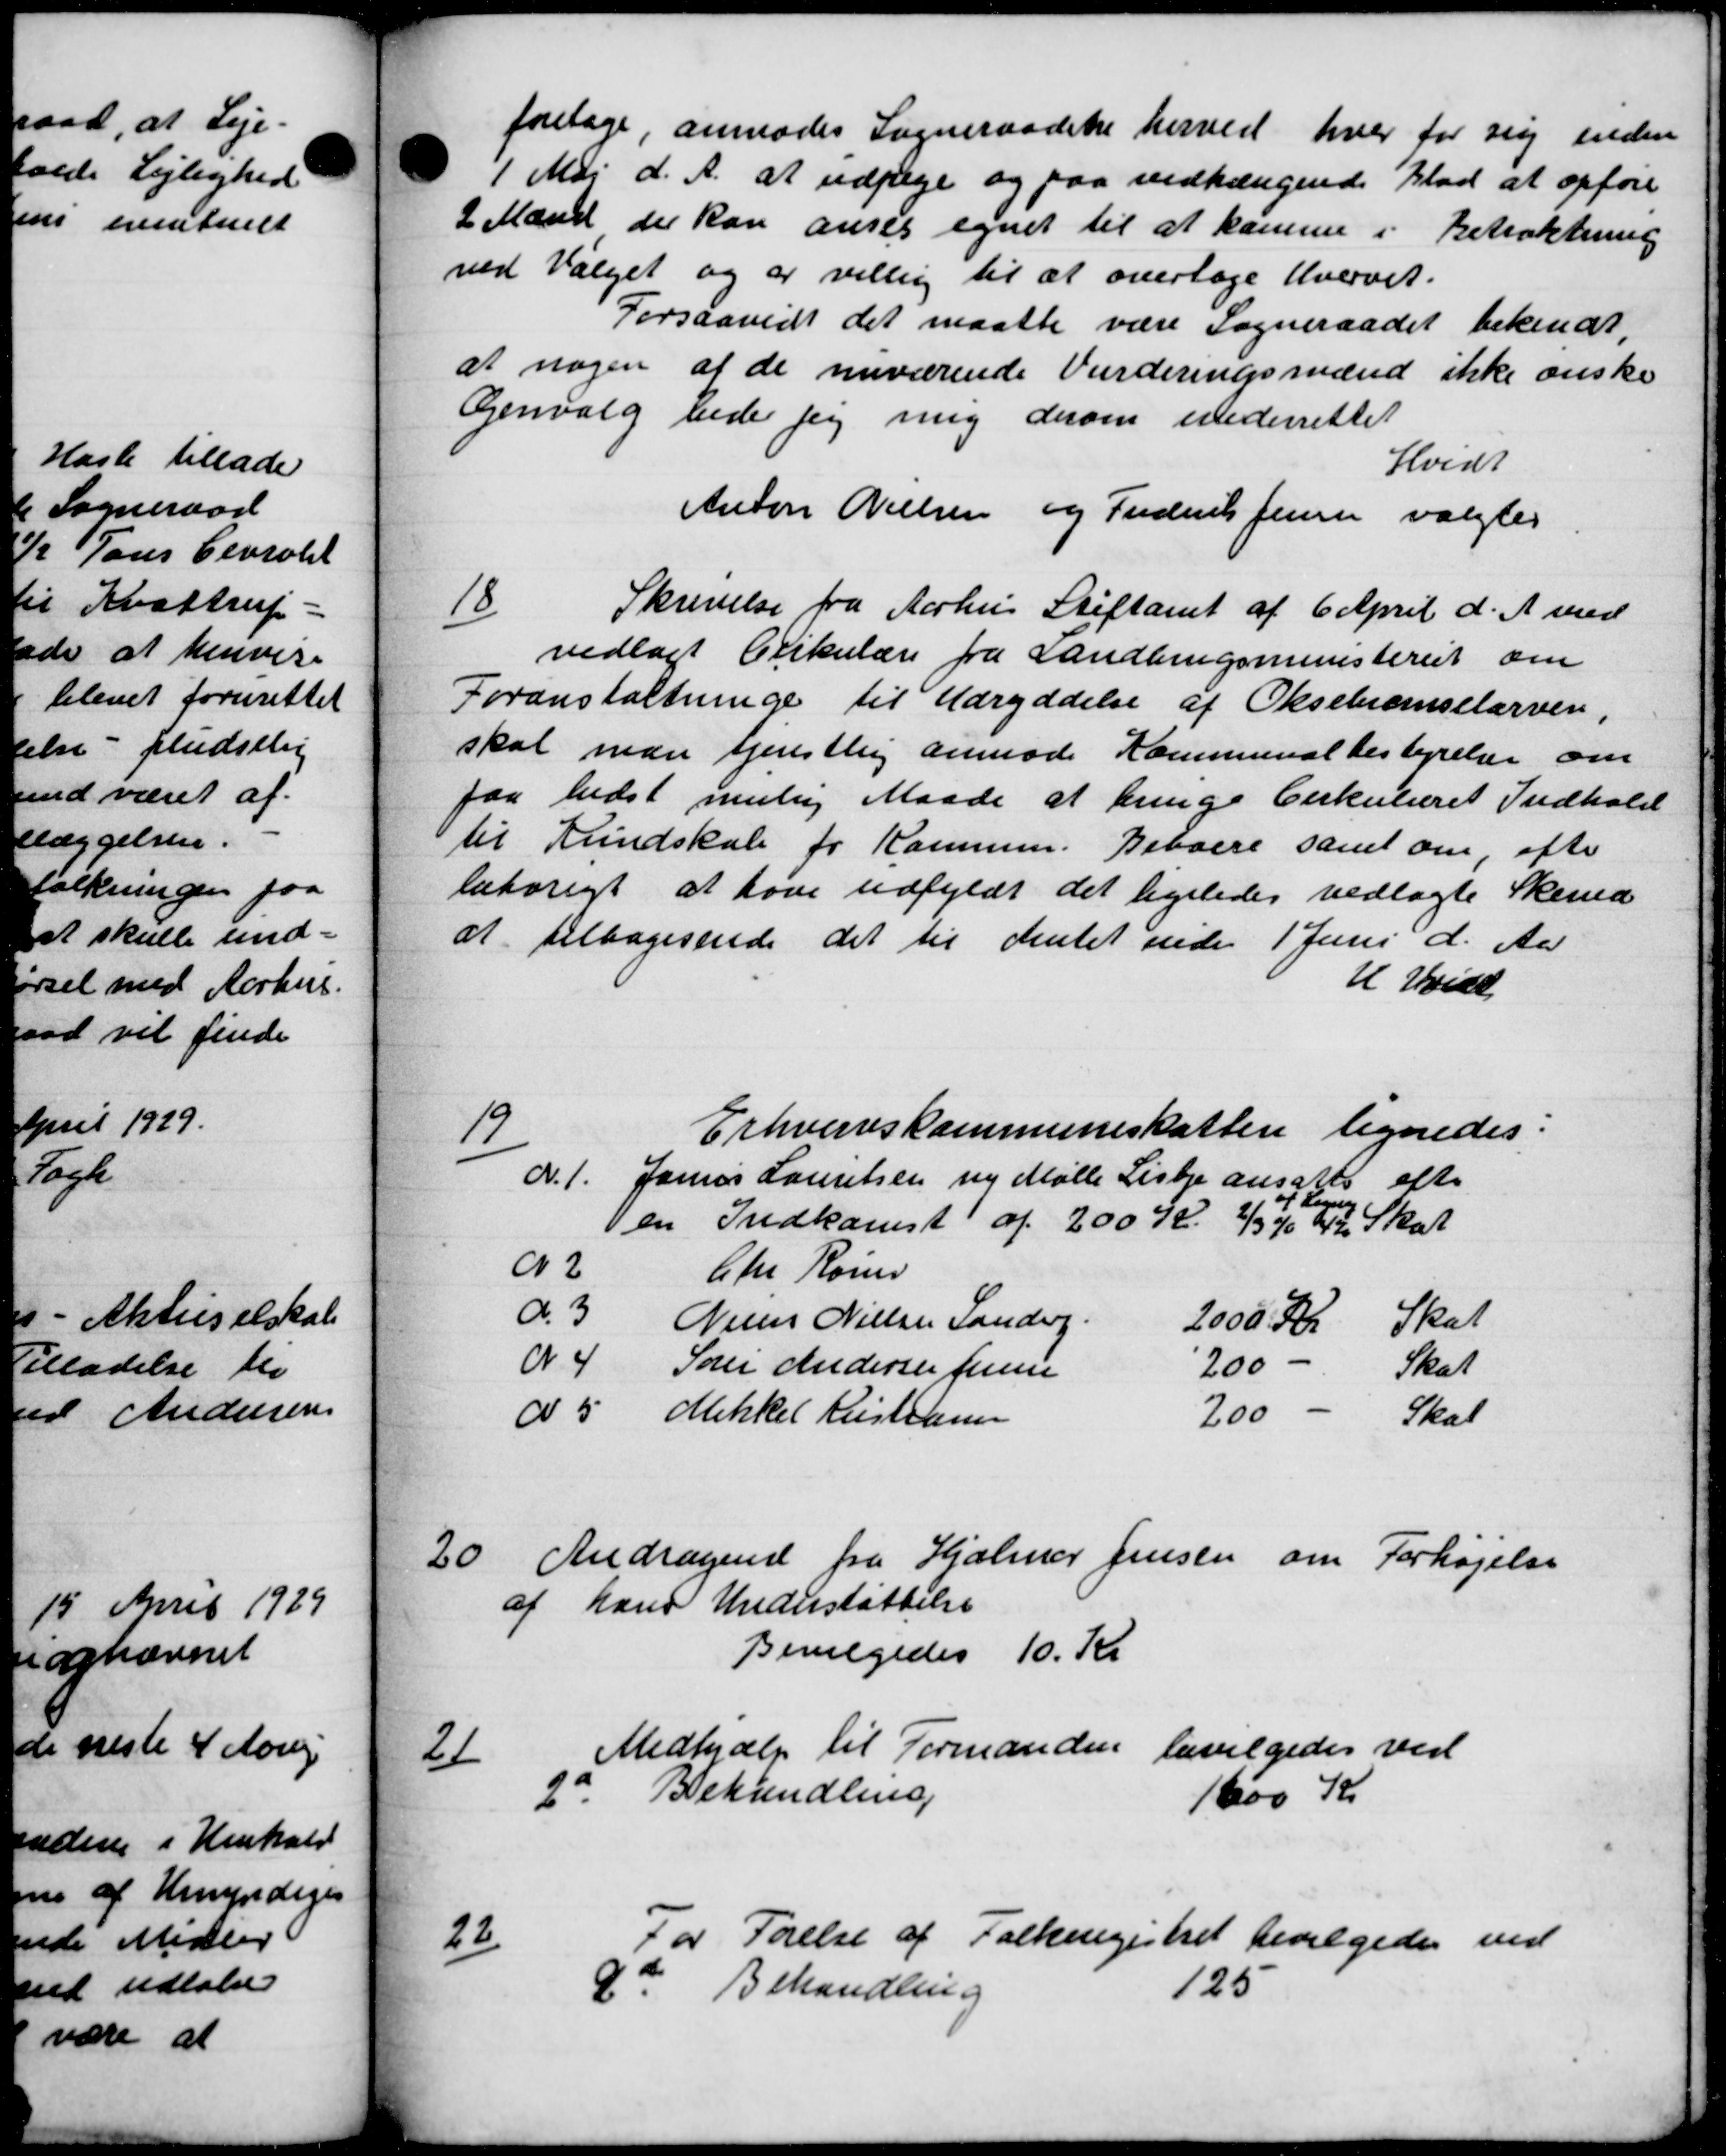
Transskription:
foretage, anmodes Sogneraadet herved hver for sig inden
1 Mai d. A. at udpege og paa vedtængende Blad at opføre
2 Mænd der kan anses egnet til at komme i Betaltning
ved Valget og er villig til at overtage Hvervet.
Forsaavidt det maatte være Sogneraadet bekendt,
at nogen af de nuværende Vurderingsmænd ikke ønske
Genvalg bede jeg mig derom underrettet
Hvidt
Anton Nielsen og Frederik Jensen valgtes
18
Skrivelse fra Aarhus Stiftamt af 6 April d. A. med
vedlagt Cirkulære fra Landbrugsministeriet om
Foranstaltninge til Udryddelse af Oksebremselarven.
skal mare tjenstlig anmode Kommunalbestyrelser om
faa bedst mulig Maade at bringe Cirkulæret Indhold
til Hundskab for Kommen. Beboere samt om efter
lebvrigt at have udfyldt det ligeledes vedlagte Skema
at tilbagesende det til Amtet ende 1 Juni d. Aar
H Hvidt
19
Erhvervskommuneskatten lignedes:
A. 1. Janus Lauritsen ny Mølle Lisbjer ansattes efter

en Indkomst af 200 Kr. 2/3 % 42 Skat
N 2 Chr. Rose
do 3 Nielse Nielsen Sandve 2000 Kr Skat
A 4 Søren Andersen fre 200 Skat
d 5 Mikkel Kristiansen 200 - Skat
20
Andragende fra Hjælper Jensen om Forhøjelse
hans Understøttelse
Bevilgedes 10 Kr
21
Medhjælp til Formanden bevilgedes ved
2". Behandling
1600 Kr
22
for Førelse af Folkeregistret bevilgedes ved
9de Behandling
125